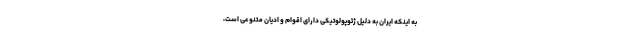
به اینکه ایران به دلیل ژئوپولوتیکی دارای اقوام و ادیان متنوعی است،